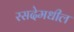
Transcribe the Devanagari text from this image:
रसदेमधील